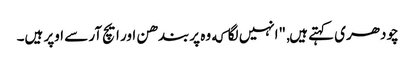
چودھری کہتے ہیں, "انہیں لگا که وہ پربندھن اور ایچ آر سے اوپر ہیں۔